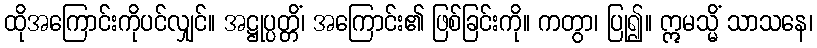
ထိုအကြောင်းကိုပင်လျှင်။ အဋ္ဌုပ္ပတ္တိံ၊ အကြောင်း၏ ဖြစ်ခြင်းကို။ ကတွာ၊ ပြု၍။ ဣမသ္မိံ သာသနေ၊